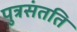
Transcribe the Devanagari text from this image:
पुत्रसंतति